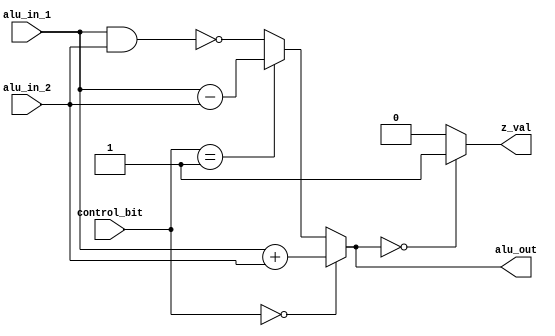
module alu(control_bit,alu_in_1,alu_in_2,alu_out,z_val);
input [1:0] control_bit;
input [15:0] alu_in_1,alu_in_2;
output [15:0] alu_out;
output z_val;
reg [15:0]alu_result;

assign alu_out=alu_result[15:0];
assign z_val=(alu_result==16'b0)?1'b1:1'b0;
always @(*) begin
if(control_bit==2'b00) alu_result=alu_in_1+alu_in_2;
else if(control_bit==2'b01) alu_result=alu_in_1-alu_in_2;
else alu_result=~(alu_in_1 & alu_in_2);
end
endmodule